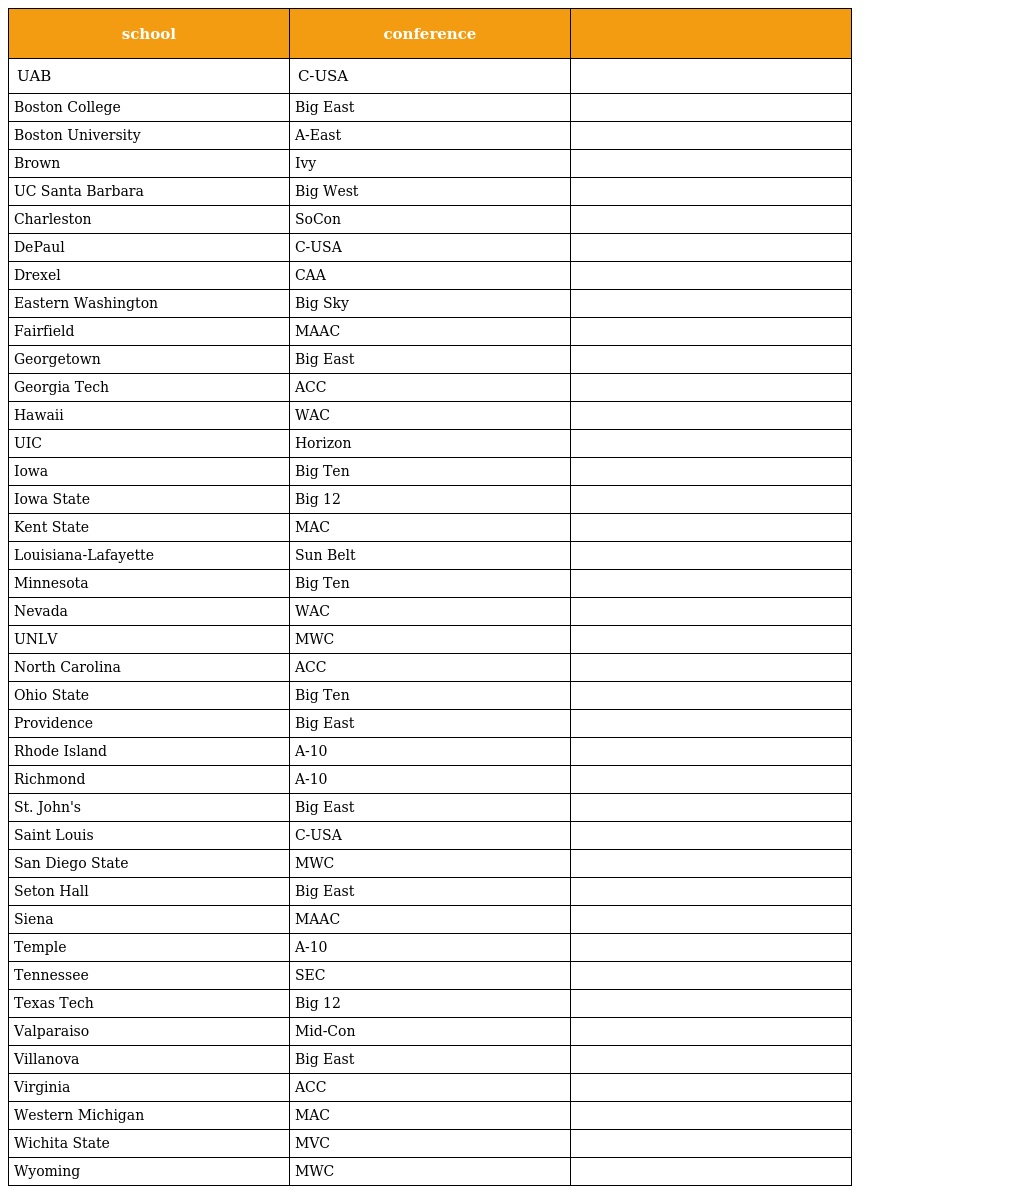
| school | conference |  |
 | --- | --- | --- |
 | UAB | C-USA |  |
 | Boston College | Big East |  |
 | Boston University | A-East |  |
 | Brown | Ivy |  |
 | UC Santa Barbara | Big West |  |
 | Charleston | SoCon |  |
 | DePaul | C-USA |  |
 | Drexel | CAA |  |
 | Eastern Washington | Big Sky |  |
 | Fairfield | MAAC |  |
 | Georgetown | Big East |  |
 | Georgia Tech | ACC |  |
 | Hawaii | WAC |  |
 | UIC | Horizon |  |
 | Iowa | Big Ten |  |
 | Iowa State | Big 12 |  |
 | Kent State | MAC |  |
 | Louisiana-Lafayette | Sun Belt |  |
 | Minnesota | Big Ten |  |
 | Nevada | WAC |  |
 | UNLV | MWC |  |
 | North Carolina | ACC |  |
 | Ohio State | Big Ten |  |
 | Providence | Big East |  |
 | Rhode Island | A-10 |  |
 | Richmond | A-10 |  |
 | St. John's | Big East |  |
 | Saint Louis | C-USA |  |
 | San Diego State | MWC |  |
 | Seton Hall | Big East |  |
 | Siena | MAAC |  |
 | Temple | A-10 |  |
 | Tennessee | SEC |  |
 | Texas Tech | Big 12 |  |
 | Valparaiso | Mid-Con |  |
 | Villanova | Big East |  |
 | Virginia | ACC |  |
 | Western Michigan | MAC |  |
 | Wichita State | MVC |  |
 | Wyoming | MWC |  |